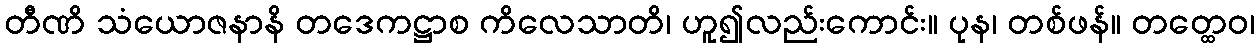
တီဏိ သံယောဇနာနိ တဒေကဋ္ဌာစ ကိလေသာတိ၊ ဟူ၍လည်းကောင်း။ ပုန၊ တစ်ဖန်။ တတ္ထေဝ၊